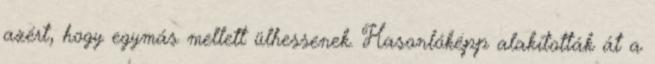
azért, hogy egymás mellett ülhessenek. Hasonlóképp alakították át a